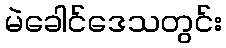
မဲခေါင်ဒေသတွင်း